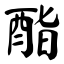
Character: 酯